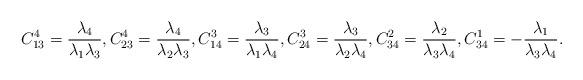
LaTeX: \begin{align*}C_{13}^4=\frac{\lambda_4}{\lambda_1\lambda_3},C_{23}^4=\frac{\lambda_4}{\lambda_2\lambda_3},C_{14}^3=\frac{\lambda_3}{\lambda_1\lambda_4}, C_{24}^3=\frac{\lambda_3}{\lambda_2\lambda_4}, C_{34}^2=\frac{\lambda_2}{\lambda_3\lambda_4},C_{34}^1=-\frac{\lambda_1}{\lambda_3\lambda_4}.\end{align*}